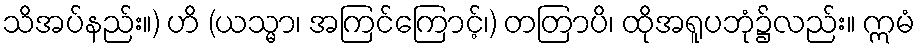
သိအပ်နည်း။) ဟိ (ယသ္မာ၊ အကြင်ကြောင့်၊) တတြာပိ၊ ထိုအရူပဘုံ၌လည်း။ ဣမံ